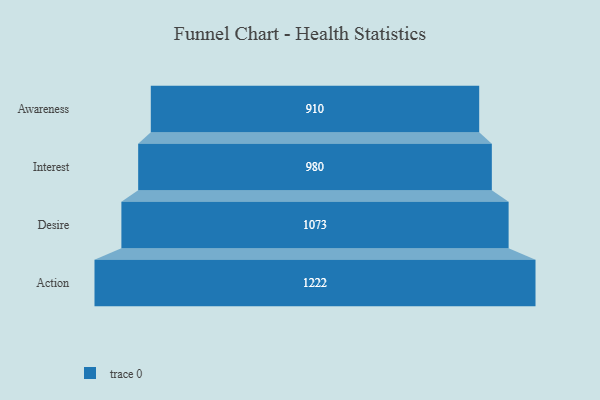
{"axis": {"x": "Stage", "y": "Value"}, "legend": [""], "data": [{"x": "Awareness", "y": 910.0, "type": ""}, {"x": "Interest", "y": 980.0, "type": ""}, {"x": "Desire", "y": 1073.0, "type": ""}, {"x": "Action", "y": 1222.0, "type": ""}]}